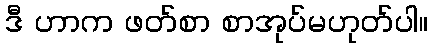
ဒီ ဟာက ဖတ်စာ စာအုပ်မဟုတ်ပါ။